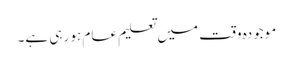
موجودہ وقت میں تعلیم عام ہو رہی ہے۔